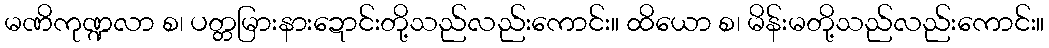
မဏိကုဏ္ဍလာ စ၊ ပတ္တမြားနားဍောင်းတို့သည်လည်းကောင်း။ ထိယော စ၊ မိန်းမတို့သည်လည်းကောင်း။